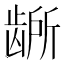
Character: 𫜭